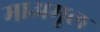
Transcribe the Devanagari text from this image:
माअमूल